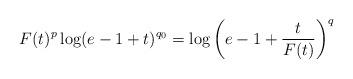
LaTeX: \begin{align*} F(t)^p\log(e-1+t)^{q_0}=\log\bigg(e-1+\frac{t}{F(t)}\bigg)^q\end{align*}